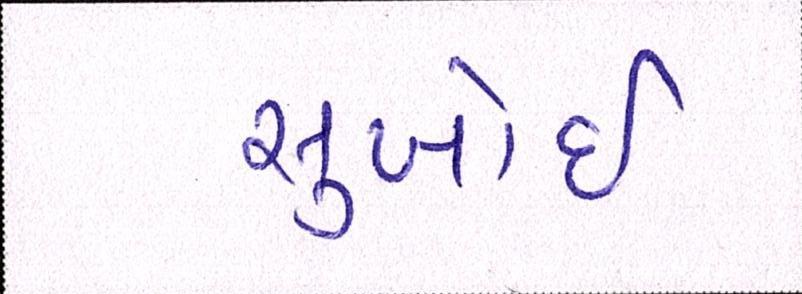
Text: સુખોઈ